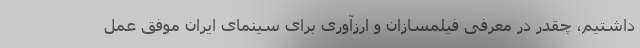
داشتیم، چقدر در معرفی فیلمسازان و ارزآوری برای سینمای ایران موفق عمل